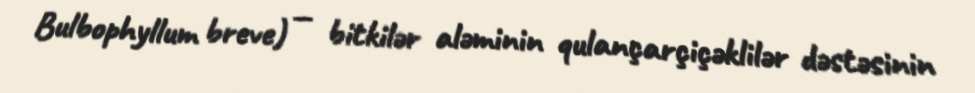
Bulbophyllum breve) — bitkilər aləminin qulançarçiçəklilər dəstəsinin